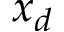
x _ { d }